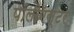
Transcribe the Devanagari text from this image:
पॉलीऍस्टर